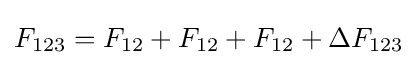
F_{123}=F_{12}+F_{12}+F_{12}+\Delta F_{123}